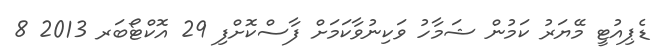
ޑެޕިއުޓީ މޭޔަރު ކަމުން ޝަމާހު ވަކިނުވާކަމަށް ފާސްކޮށްފި 29 އޮކްޓޯބަރ 2013 8